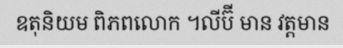
ឧតុនិយម ពិភពលោក ។លីប៊ី មាន វត្តមាន